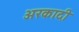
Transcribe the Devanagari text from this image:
अरकादी